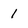
Character: 1